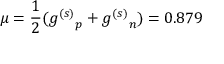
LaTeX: \mu = { \frac { 1 } { 2 } } ( { g ^ { ( s ) } } _ { p } + { g ^ { ( s ) } } _ { n } ) = 0 . 8 7 9